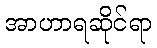
အာဟာရဆိုင်ရာ